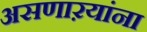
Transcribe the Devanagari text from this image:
असणाऱयांना